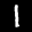
Label: 1